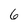
Character: 6